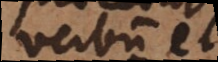
verbum et